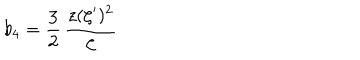
LaTeX: b _ { 4 } = \frac { 3 } { 2 } \, { \frac { z ( \zeta ^ { \prime } ) ^ { 2 } } { \zeta } }